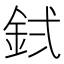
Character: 𬫇